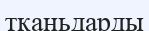
тканьдарды